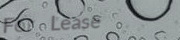
For Lease